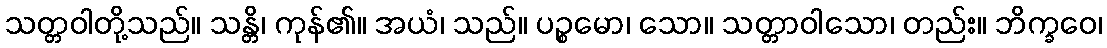
သတ္တဝါတို့သည်။ သန္တိ၊ ကုန်၏။ အယံ၊ သည်။ ပဉ္စမော၊ သော။ သတ္တာဝါသော၊ တည်း။ ဘိက္ခဝေ၊